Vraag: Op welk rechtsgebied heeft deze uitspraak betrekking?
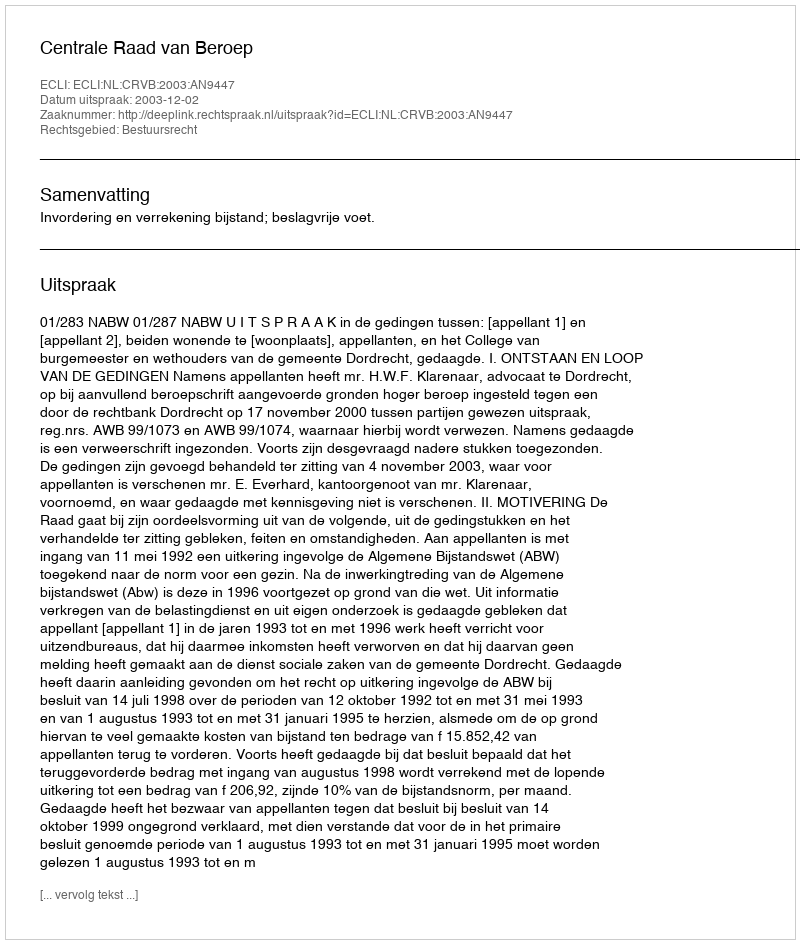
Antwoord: Bestuursrecht